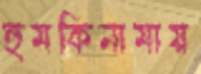
হুমকিনামায়